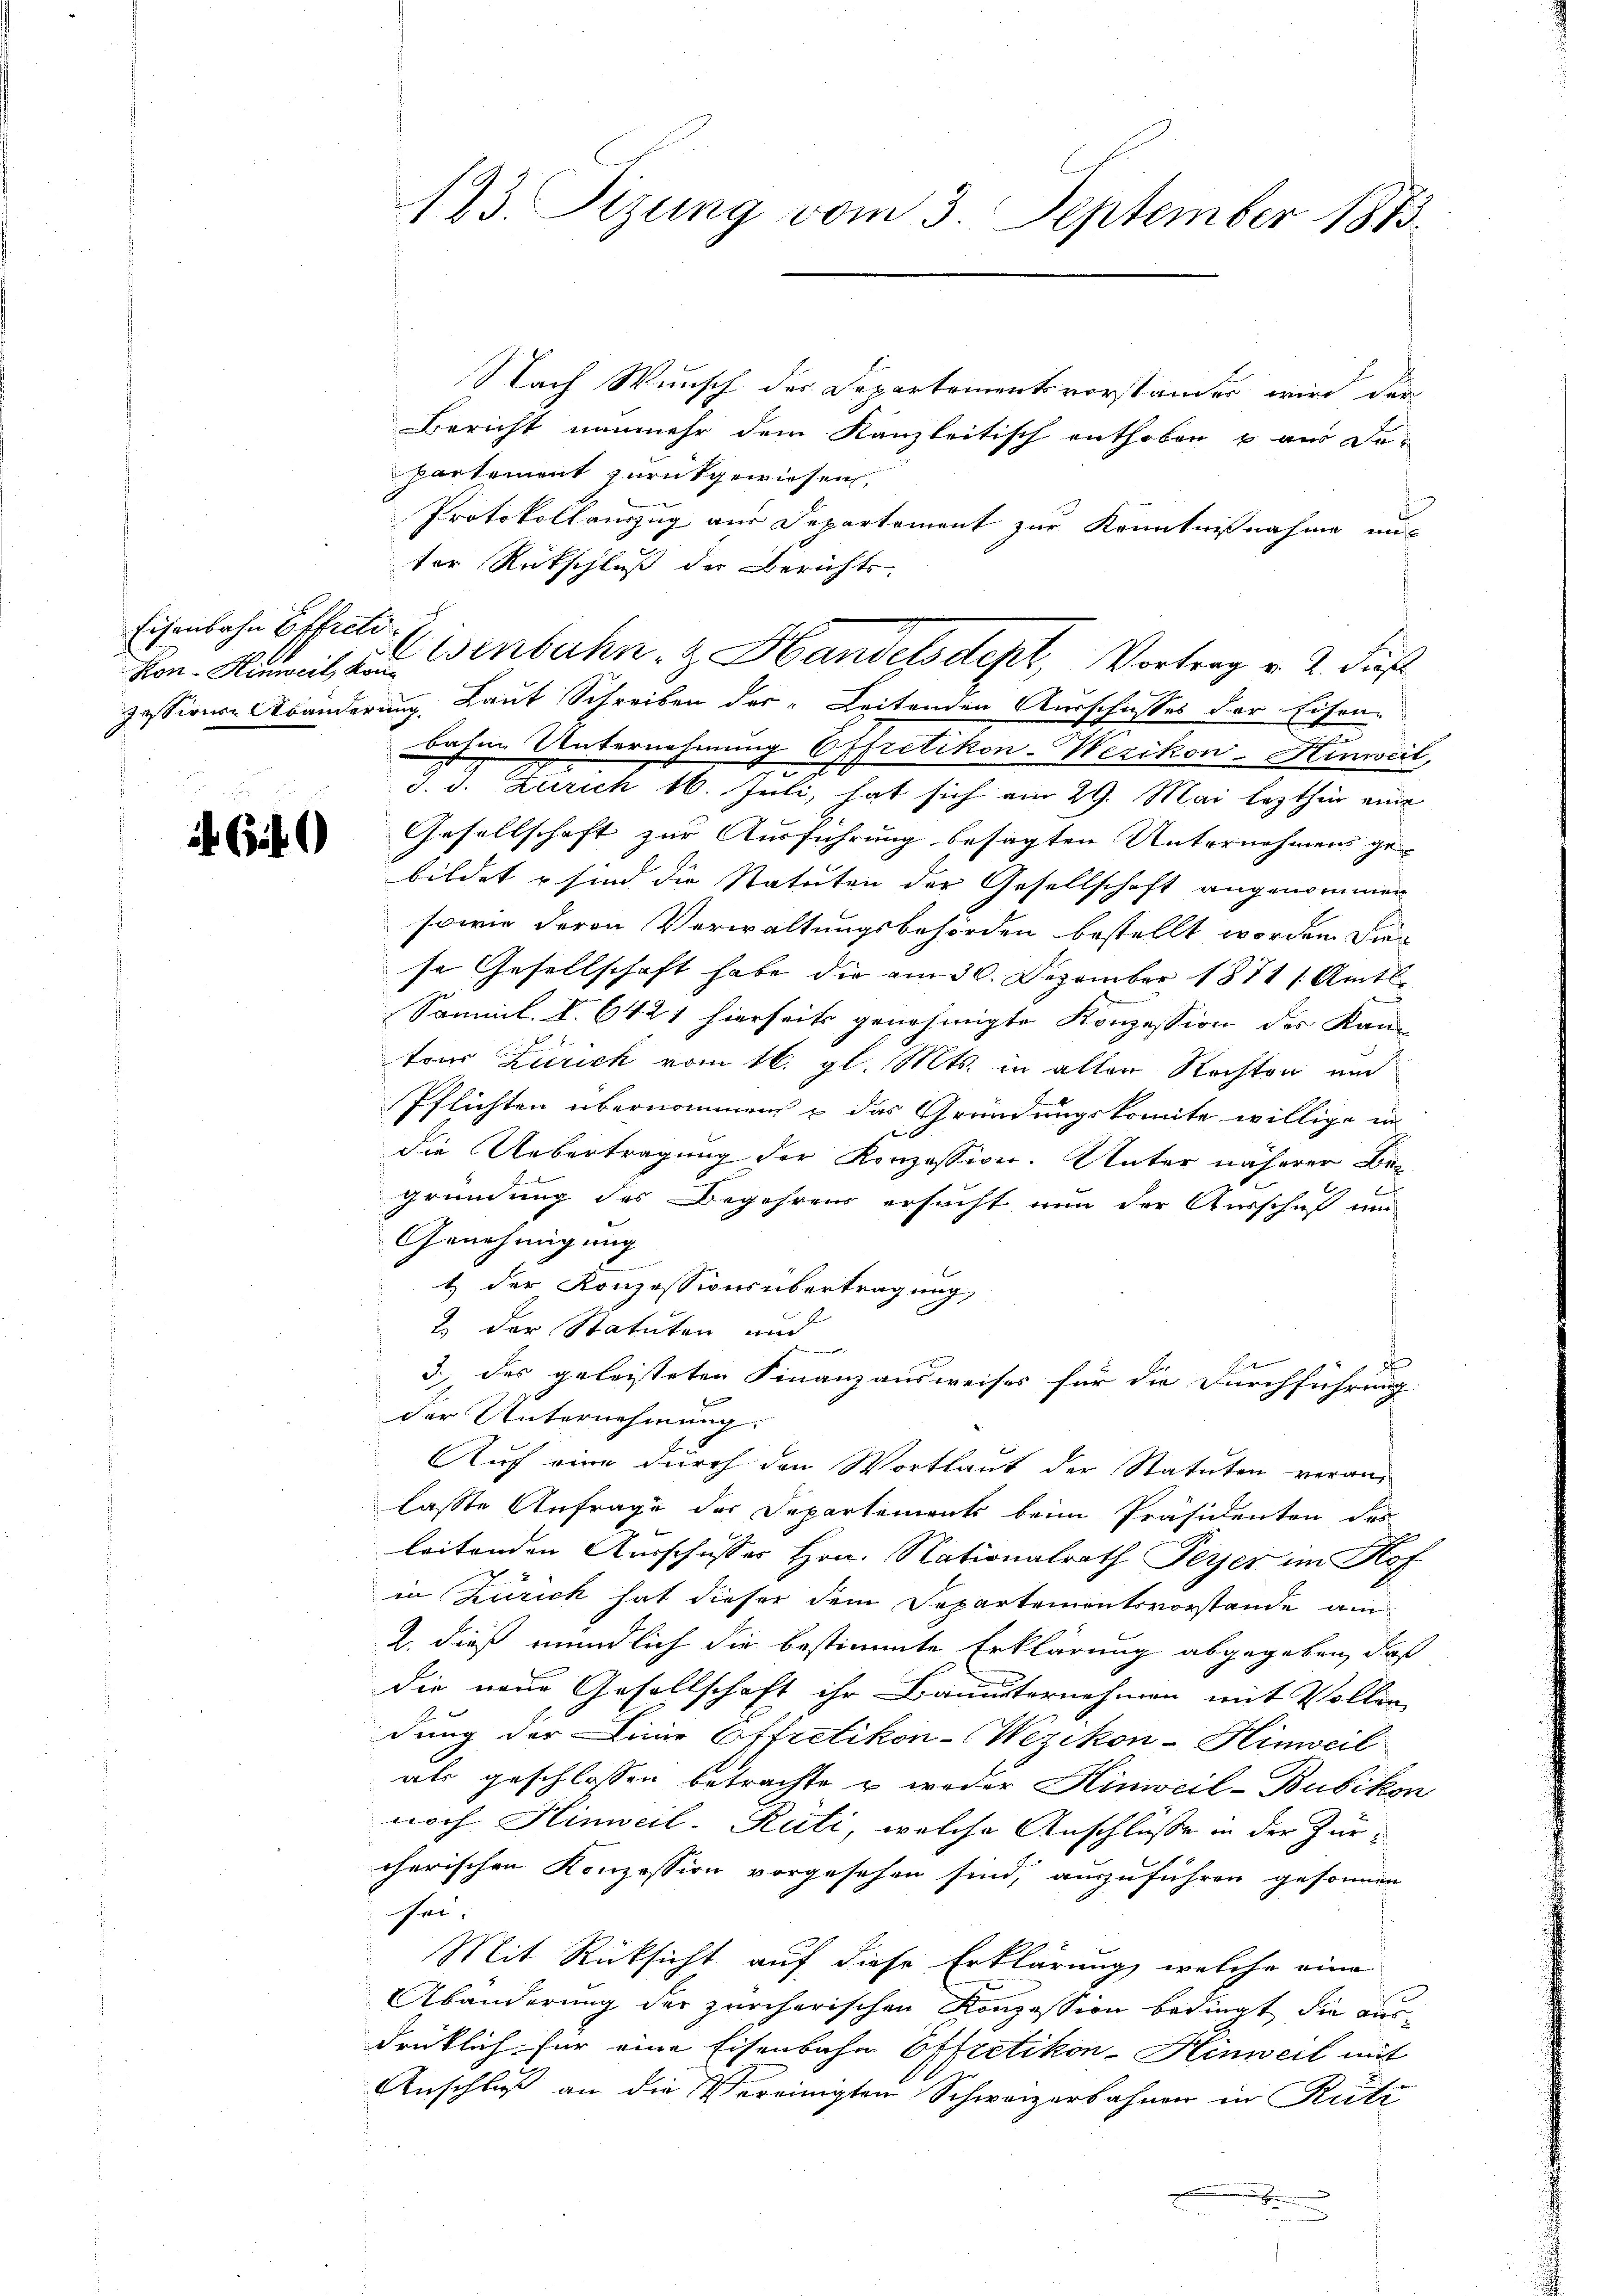
Eisenbahn Effreti

Cit

123. Sizung vom 3. September 1883

Nach Wunsch des Departementsvorstandes wird der
Bericht nunmehr dem Kanzleitisch enthoben u aus Departement zurückgewiesen.
Protokollauszug aus Departement zur Kenntnißnahme aus
ter Rückschluß der Berichts-
Kon. Damit, aus Verbahn- & Handelsdept, Vortrag v. 2. dies
zessions Abänderung Laut Schreiben der Leitenden Ausschusses der Eisen-
bahne Unternehmung Effretikon-Wezikon-Hinweil,
J. d. Zürich 16. Juli, hat sich am 29. Mai lezthin eine
Gesellschaft zur Ausführung besagten Unternehmens ge-
bildet u sind die Statuten der Gesellschaft angenommen
sowie deren Verwaltungsbehörden bestellt worden die
se Gesellschaft habe die am 30. Dezember 1871 / Amts
Samml. I. 6421 hierseits genehmigte Konzession des Kan-
ton Zürich vom 16. gl. Mts. in alter Rechten und
Pflichten übernommen u das Gründungskomite willige in
die Uebertragung der Konzession. Unter näherer Bez¬
Gründung des Begehrens ersucht nun der Ausschuf um
Genehmigung
1 der Konzessionsübertragung,
2 der Statuten und
d
3.) des geleisteten Finanzausweises für die Durchführung
der Unternehmung.
Auf eine durch den Wortlaut der Statuten veranlasse Anfrage der Departements beim Präsidenten des
leitenden Ausschusses Hrn. Nationalrath Peyer im Kop
in Zürich hat dieser dem Departementsvorstande am
2. dieß mündlich die bestimmte Erklärung abgegeben, daß
die neue Gesellschaft ihr Bauunternehmen mit Voller
dung der Linie Offretikon-Wezikon-Hinweil
als geschlossen betrachte u weder Hinweil-Bubikon
noch Hinweil-Rüti, welche Anschlüsse in der Zürcherischen Konzession vorgesehen sind, auszuführen gesonnen
sei,
Mit Rücksicht auf diese Erklärung, welche eine
Abänderung der zürcherischen Konzession bedingt die aus-
drüklich für eine Eisenbahn Effretikon-Hinweil mit
Anschluß an die Vereinigten Schweizerbahnen in Kriti
u